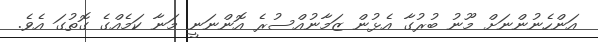
އަންހެނުންނަށް މޫނު ބުރުގާ އެޅުން ޒަމާނުއްސުރެ އޮންނަނީ މަނާ ކަމެއްގެ ގޮތުގަ އެވެ.